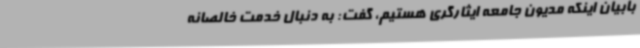
بابیان اینکه مدیون جامعه ایثارگری هستیم، گفت: به دنبال خدمت خالصانه